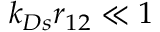
k _ { D s } r _ { 1 2 } \ll 1